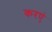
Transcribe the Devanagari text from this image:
करएं